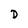
Character: D